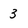
Character: 3